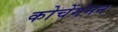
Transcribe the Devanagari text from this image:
कोचेंगंनन